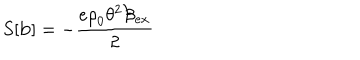
S [ \mathbf { b } ] = - \frac { e { \mathrm { \ r h o } } _ { 0 } \theta ^ { 2 } \mathcal { B } _ { e x } } { 2 }